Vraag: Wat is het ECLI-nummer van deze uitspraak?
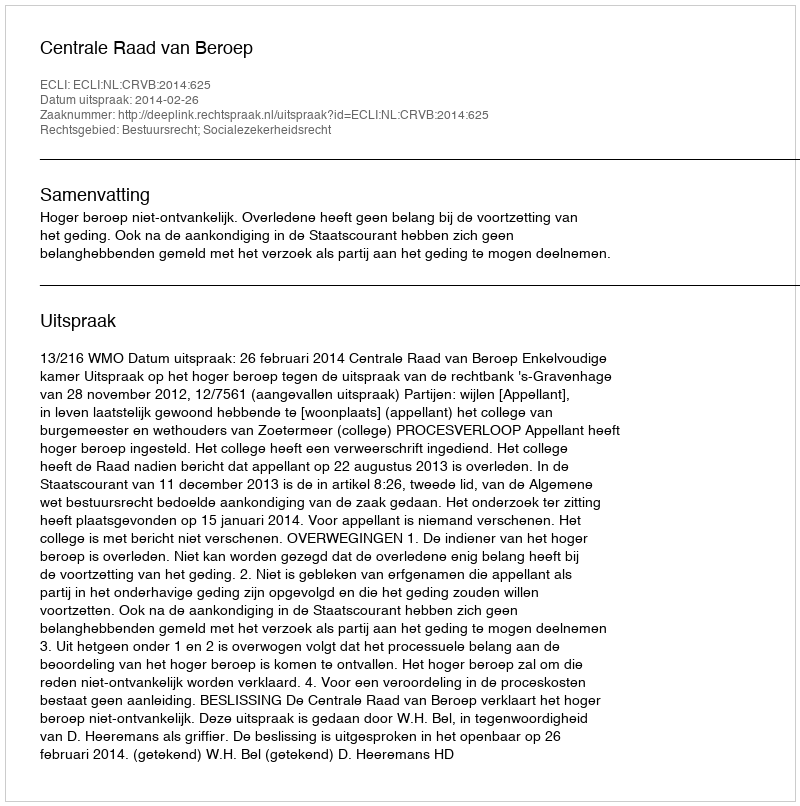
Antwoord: ECLI:NL:CRVB:2014:625